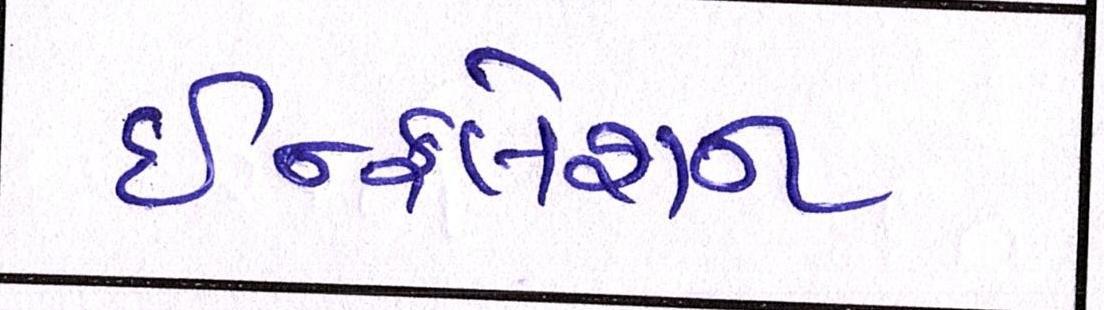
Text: ઇન્ફલેશન